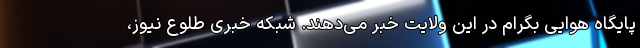
پایگاه هوایی بگرام در این ولایت خبر می‌دهند. شبکه خبری طلوع نیوز،